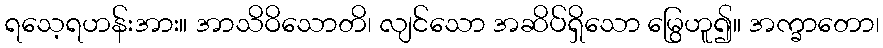
ရသေ့ရဟန်းအား။ အာသိဝိသောတိ၊ လျင်သော အဆိပ်ရှိသော မြွေဟူ၍။ အက္ခာတော၊